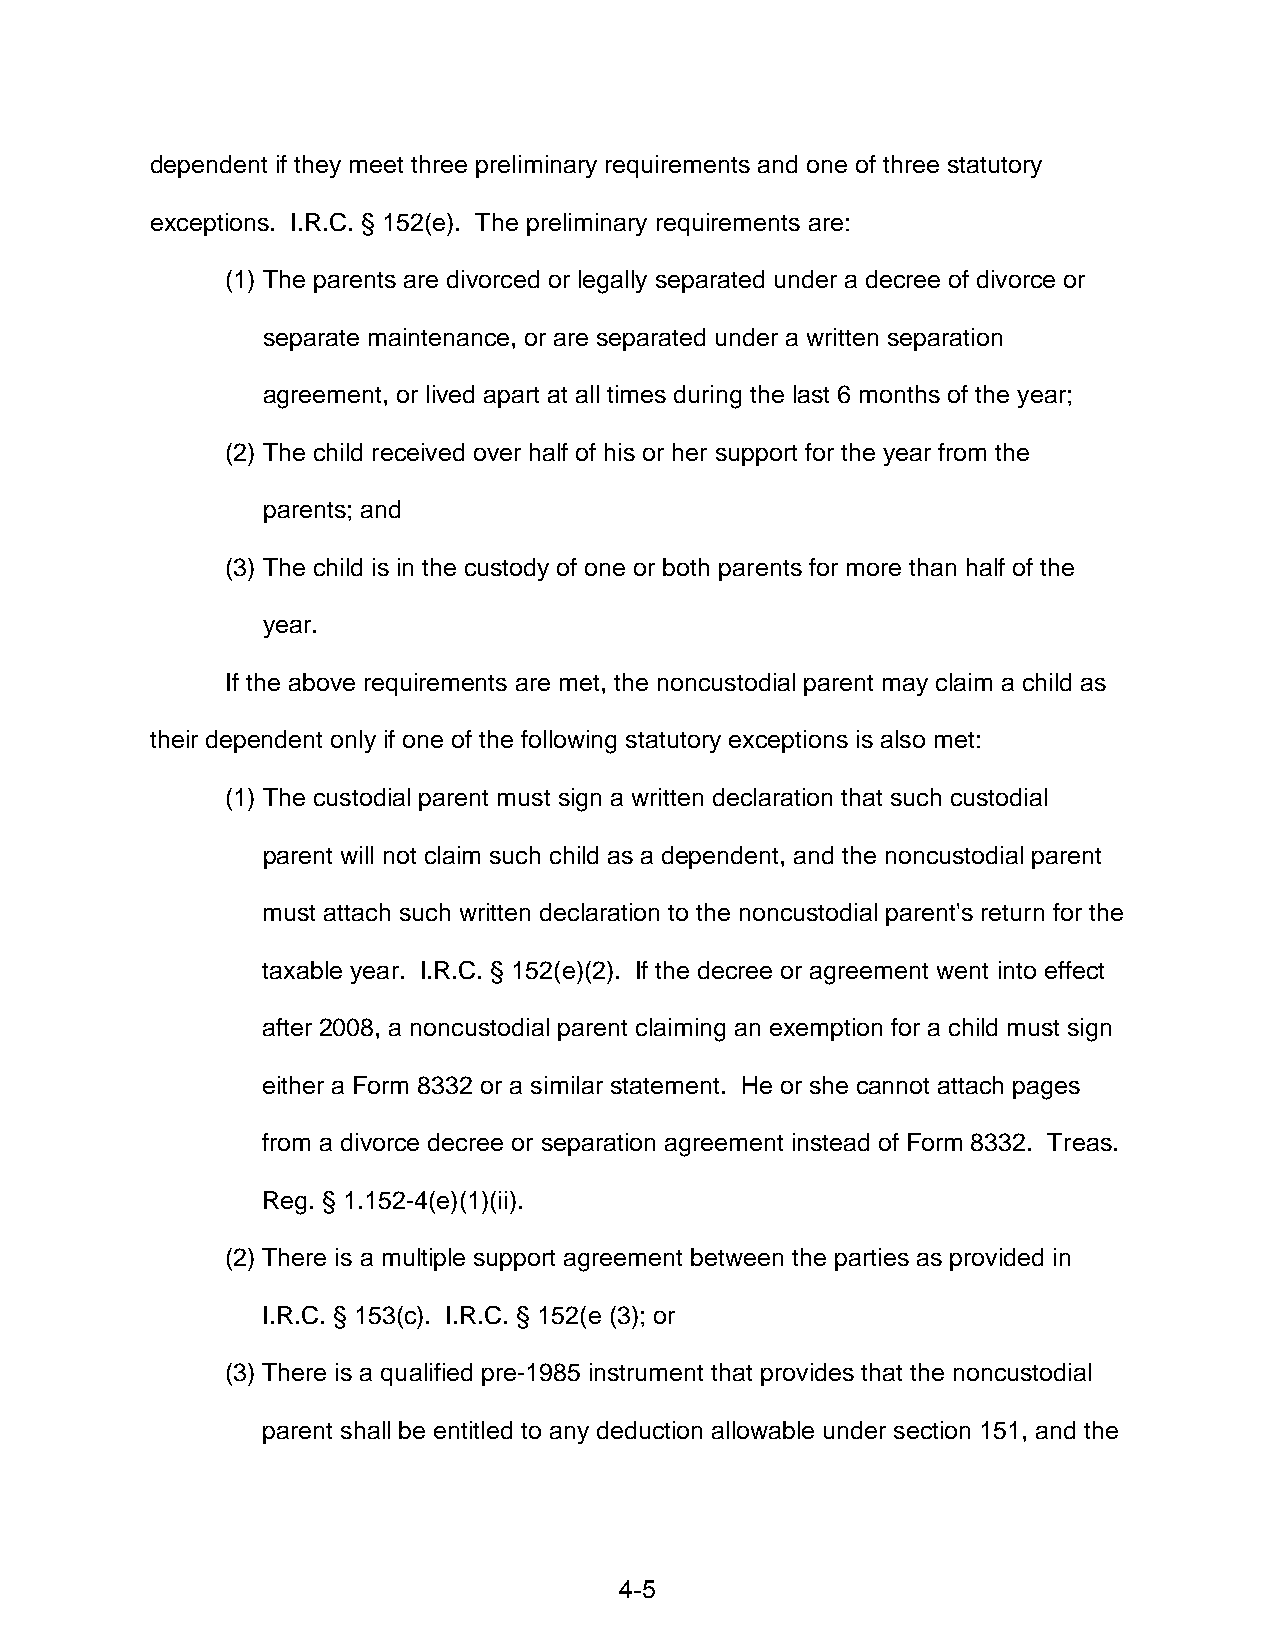
dependent if they meet three preliminary requirements and one of three statutory
 exceptions. I.R.C. § 152(e). The preliminary requirements are:
 (1) The parents are divorced or legally separated under a decree of divorce or
 separate maintenance, or are separated under a written separation
 agreement, or lived apart at all times during the last 6 months of the year;
 (2) The child received over half of his or her support for the year from the
 parents; and
 (3) The child is in the custody of one or both parents for more than half of the
 year.
 If the above requirements are met, the noncustodial parent may claim a child as
 their dependent only if one of the following statutory exceptions is also met:
 (1) The custodial parent must sign a written declaration that such custodial
 parent will not claim such child as a dependent, and the noncustodial parent
 must attach such written declaration to the noncustodial parent's return for the
 taxable year. I.R.C. § 152(e)(2). If the decree or agreement went into effect
 after 2008, a noncustodial parent claiming an exemption for a child must sign
 either a Form 8332 or a similar statement. He or she cannot attach pages
 from a divorce decree or separation agreement instead of Form 8332. Treas.
 Reg. § 1.152-4(e)(1)(ii).
 (2) There is a multiple support agreement between the parties as provided in
 I.R.C. § 153(c). I.R.C. § 152(e (3); or
 (3) There is a qualified pre-1985 instrument that provides that the noncustodial
 parent shall be entitled to any deduction allowable under section 151, and the
 4-5